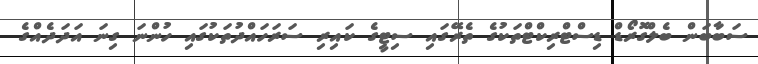
ސަބާބަން ބެލްގޮރޯޑް ޑިސްޓްރިކްޓްތަކުގެ ތެރޭގައި ސިޓީގެ ކައިރި ސަރަހައްދުތަކުގައި ހުންނަ ގިނަ އަދަދެއްގެ